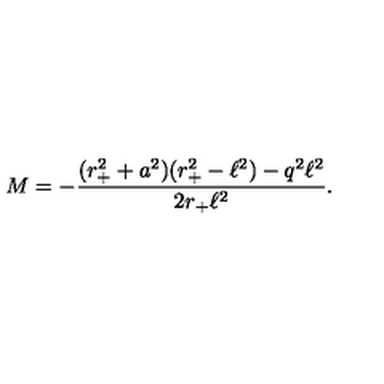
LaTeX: M = - \frac { ( r _ { + } ^ { 2 } + a ^ { 2 } ) ( r _ { + } ^ { 2 } - \ell ^ { 2 } ) - q ^ { 2 } \ell ^ { 2 } } { 2 r _ { + } \ell ^ { 2 } } .